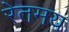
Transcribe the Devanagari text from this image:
रेतमय